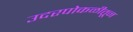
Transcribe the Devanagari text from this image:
उदरपोकळीतून